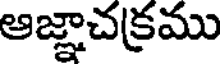
ఆజ్ఞాచక్రము